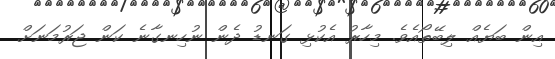
އިން ބަޔެއް ލިބޭތޯއެވެ. މިހާރު އެކުޅި ގަނޑު ދެން ނުހިނގާނެ ކަން ޖަރުމަނަށް